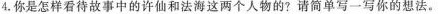
4.你是怎样看待故事中的许仙和法海这两个人物的?请简单写一写你的想法。